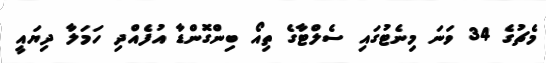
މެޗުގެ 34 ވަނަ މިނެޓުގައި ސެލްޓާގެ ތިއޯ ބިންގޮންޑާ އުފެއްދި ހަމަލާ ދިޔައީ